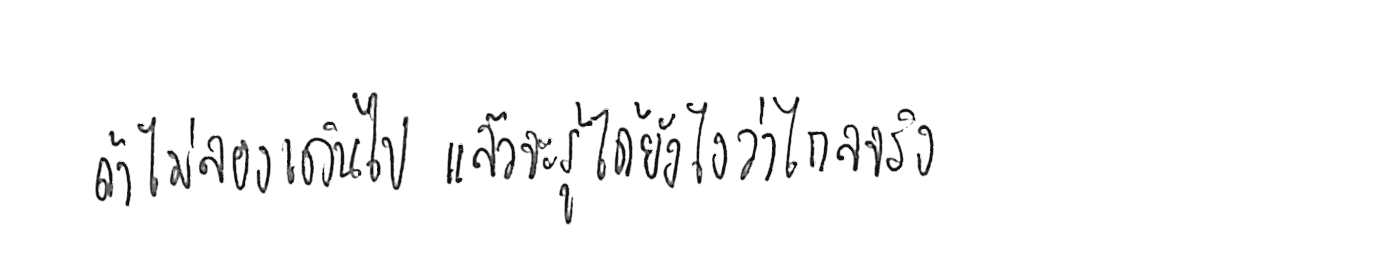
ถ้าไม่ลองเดินไป แล้วจะรู้ได้ยังไงว่าไกลจริง